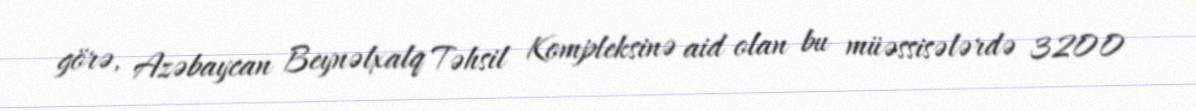
görə, Azəbaycan Beynəlxalq Təhsil Kompleksinə aid olan bu müəssisələrdə 3200